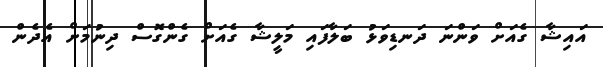
އައިޝާ ގެއަށް ވަންނަ ދަނޑިވަޅު ބަލާފައި މަލީޝާ ގެއަށް ގެންގޮސް ދިނުމަށް އެދެން